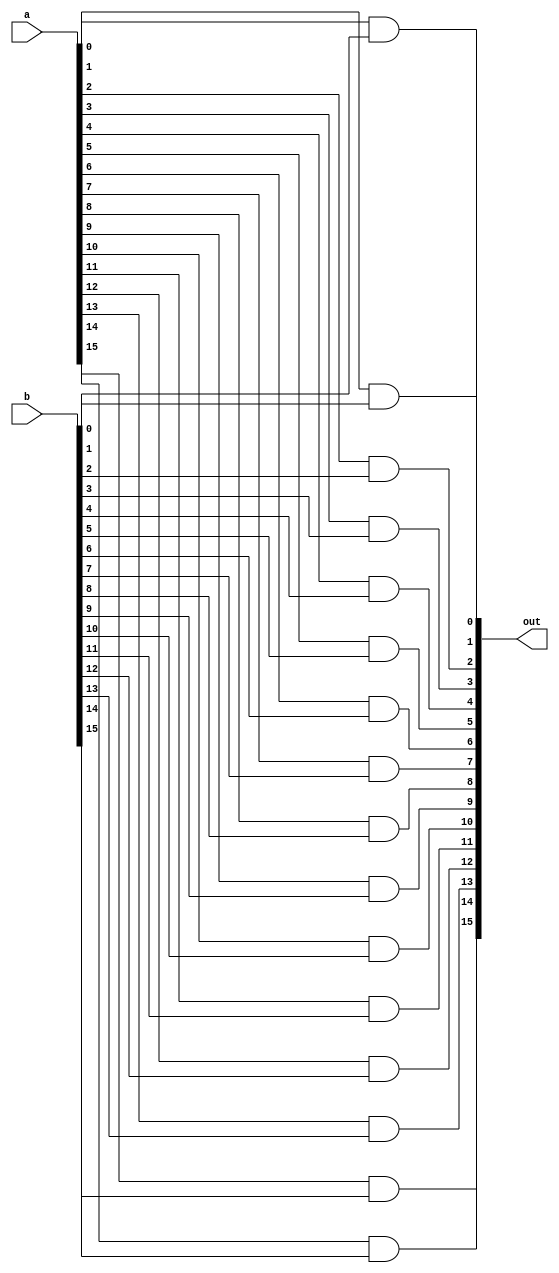
/* mdulo And16 */

`ifndef _And16_
`define _And16_

module And16(out, a, b);
    input [15:0] a, b;
    output [15:0] out;

    and a0(out[0], a[0], b[0]);
    and a1(out[1], a[1], b[1]);
    and a2(out[2], a[2], b[2]);
    and a3(out[3], a[3], b[3]);
    and a4(out[4], a[4], b[4]);
    and a5(out[5], a[5], b[5]);
    and a6(out[6], a[6], b[6]);
    and a7(out[7], a[7], b[7]);
    and a8(out[8], a[8], b[8]);
    and a9(out[9], a[9], b[9]);
    and a10(out[10], a[10], b[10]);
    and a11(out[11], a[11], b[11]);
    and a12(out[12], a[12], b[12]);
    and a13(out[13], a[13], b[13]);
    and a14(out[14], a[14], b[14]);
    and a15(out[15], a[15], b[15]);

    // Descrio de conexes internas do mdulo

endmodule

`endif